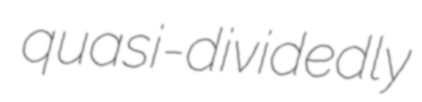
quasi-dividedly